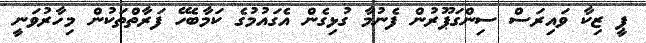
ޕީ ޒިކާ ވައިރަސް ސިންގަޕޫރުން ފެނުމާ ގުޅިގެން އެގައުމުގެ ކަމާބެހޭ ފަރާތްތަކުން މިހާރުވަނީ